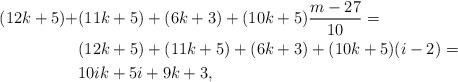
LaTeX: \begin{align*}(12k+5)+&(11k+5)+(6k+3)+(10k+5)\frac{m-27}{10}=\\ &(12k+5)+(11k+5)+(6k+3)+(10k+5)(i-2)=\\ &10ik+5i+9k+3,\end{align*}